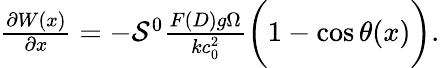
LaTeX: \begin{array}{r}{\frac{\partial W(x)}{\partial x}=-\mathcal{S}^{0}\frac{F(D)g\Omega}{kc_{0}^{2}}\bigg(1-\cos\theta(x)\bigg).}\end{array}